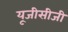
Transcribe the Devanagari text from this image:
यूजीसीजी